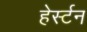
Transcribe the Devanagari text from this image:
हेर्स्टन